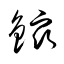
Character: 鏥